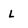
Character: L